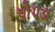
પોપડા